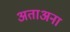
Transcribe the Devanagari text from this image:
अताअना